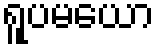
ရူပမယော